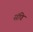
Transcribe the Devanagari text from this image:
संधि